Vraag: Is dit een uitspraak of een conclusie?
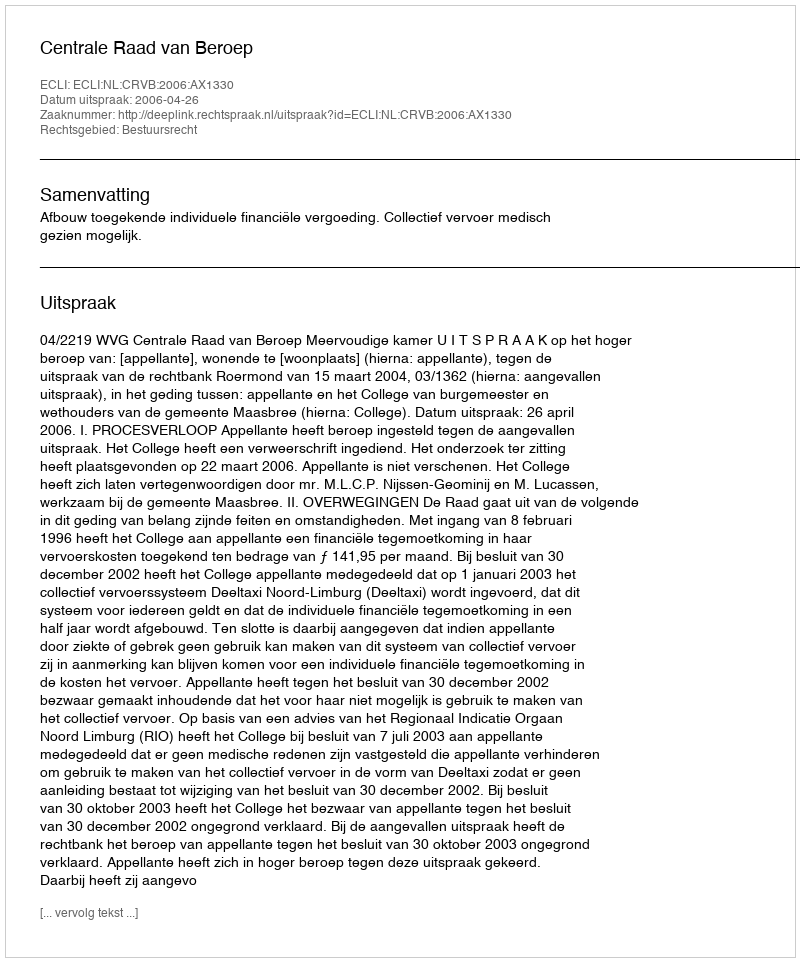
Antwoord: Uitspraak